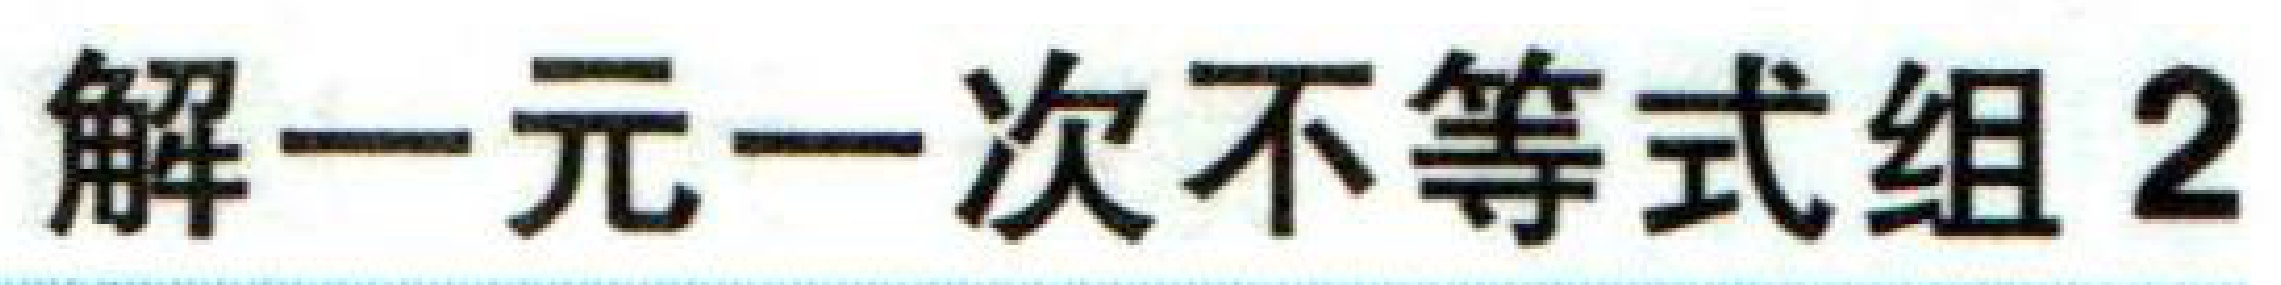
解一元一次不等式组 2